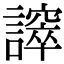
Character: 𧬵